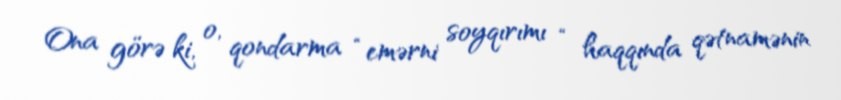
Ona görə ki, o, qondarma “emərni soyqırımı “ haqqında qətnamənin